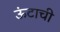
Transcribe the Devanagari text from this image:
ऊंटाची